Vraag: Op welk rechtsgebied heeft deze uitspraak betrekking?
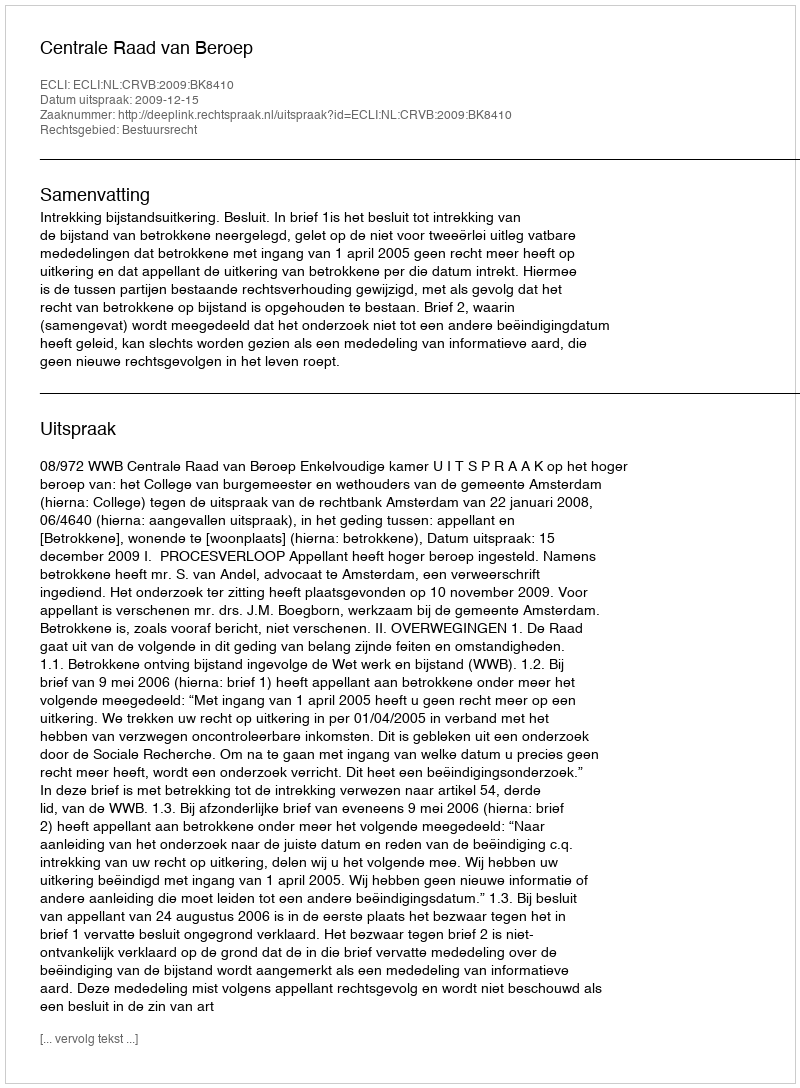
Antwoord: Bestuursrecht